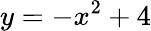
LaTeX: y=-x^{2}+4